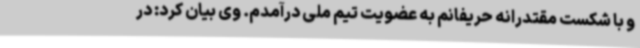
و با شکست مقتدرانه حریفانم به عضویت تیم ملی درآمدم. وی بیان کرد: در